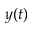
y ( t )